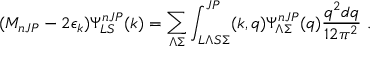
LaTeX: ( M _ { n J P } - 2 \epsilon _ { k } ) \Psi _ { L S } ^ { n J P } ( k ) = \sum _ { \Lambda \Sigma } \int _ { L \Lambda S \Sigma } ^ { J P } ( k , q ) \Psi _ { \Lambda \Sigma } ^ { n J P } ( q ) \frac { q ^ { 2 } d q } { 1 2 \pi ^ { 2 } } \ .